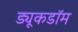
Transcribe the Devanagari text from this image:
ड्यूकडॉम